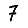
Digit: 7